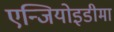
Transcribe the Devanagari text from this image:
एन्जियोइडीमा